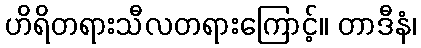
ဟိရိတရားသီလတရားကြောင့်။ တာဒီနံ၊